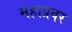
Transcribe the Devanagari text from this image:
महाप्रवर